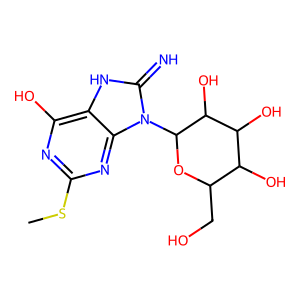
SMILES: CSc1nc(O)c2[nH]c(=N)n(C3OC(CO)C(O)C(O)C3O)c2n1
Inhibits HIV replication: No